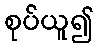
စုပ်ယူ၍